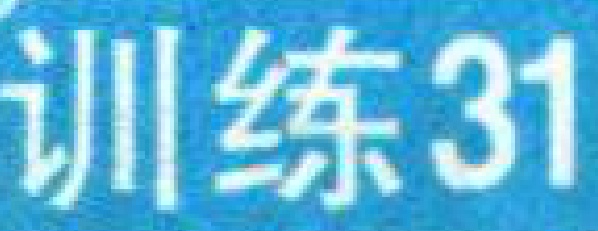
训练31